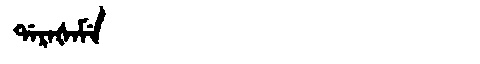
Manchu: ᡩᠠᡵᠠᡧᠠᠮᡝ
Romanization: DARAŠAME